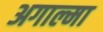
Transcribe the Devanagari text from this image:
अगाल्मा